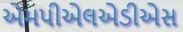
એમપીએલએડીએસ